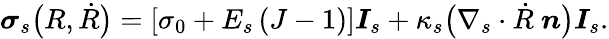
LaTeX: \boldsymbol{\sigma}_{s}\bigl(R,\dot{R}\bigr)=\left[\sigma_{0}+E_{s}\left(J-1\right)\right]\boldsymbol{I}_{s}+\kappa_{s}\bigl(\nabla_{s}\cdot\dot{R}\ {\boldsymbol{n}}\bigr)\boldsymbol{I}_{s}.